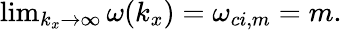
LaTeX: \begin{array}{r}{\operatorname*{lim}_{k_{x}\rightarrow\infty}\omega(k_{x})=\omega_{ci,m}=m.}\end{array}